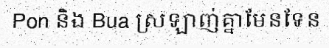
Pon និង Bua ស្រឡាញ់គ្នាមែនទែន